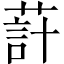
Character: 𦵗